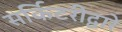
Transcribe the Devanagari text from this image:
सर्किटरीद्वारे